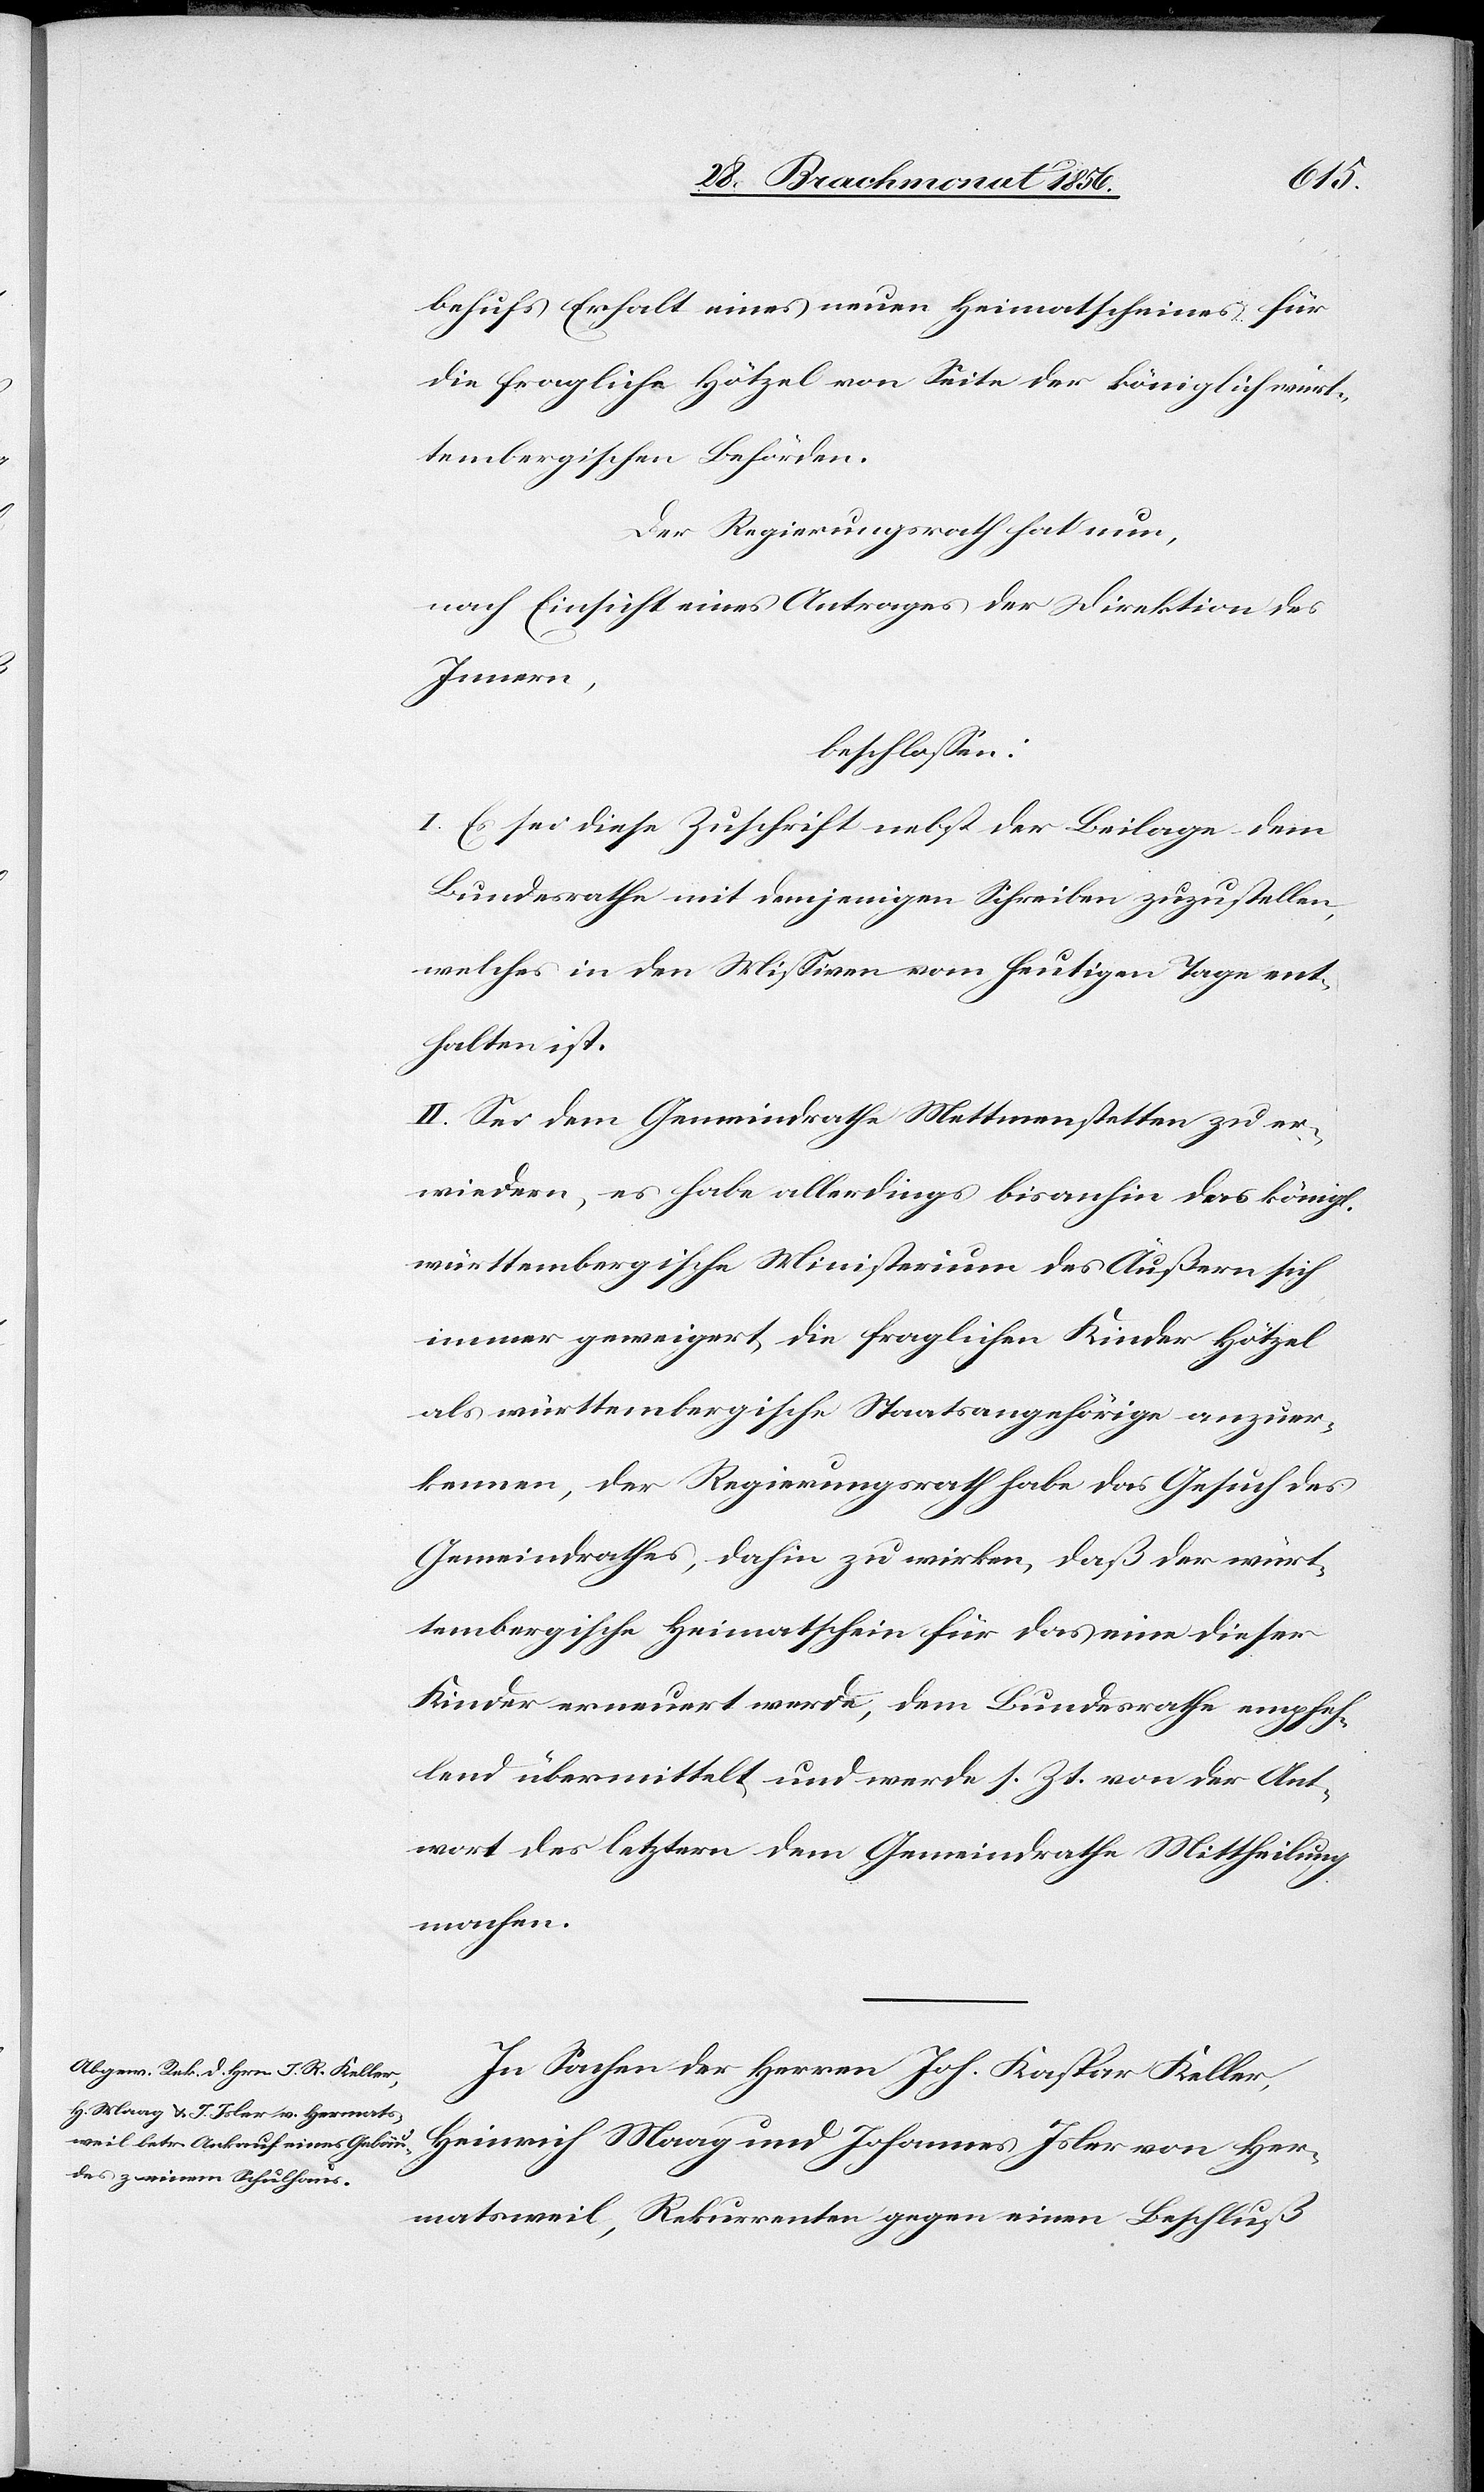
behufs Erhalt eines neuen Heimatscheines für
die fragliche Hötzel von Seite der königlich würt¬
tembergischen Behörden.
Der Regierungsrath hat nun,
nach Einsicht eines Antrages der Direktion des
Innern,
beschlossen:
I. Es sei diese Zuschrift nebst der Beilage dem
Bundesrathe mit demjenigen Schreiben zuzustellen,
welches in den Missiven vom heutigen Tage ent¬
halten ist.
II. Sei dem Gemeindrathe Mettmenstetten zu er¬
wiedern, es habe allerdings bisanhin das königl.
württembergische Ministerium des Äußern sich
immer geweigert, die fraglichen Kinder Hötzel
als württembergische Staatsangehörige anzuer¬
kennen, der Regierungsrath habe das Gesuch des
Gemeindrathes, dahin zu wirken, daß der würt¬
tembergische Heimatschein für das eine dieser
Kinder erneuert werde, dem Bundesrathe empfeh¬
lend übermittelt und werde s. Zt. von der Ant¬
wort des letztern dem Gemeindrathe Mittheilung
machen.
In Sachen der Herren Joh. Kaspar Keller,
Heinrich Maag und Johannes Isler von Her¬
matsweil, Rekurrenten gegen einen Beschluß